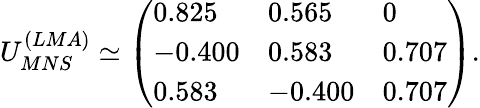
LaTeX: U_{MNS}^{(LMA)}\simeq\left(\begin{array}{lll}{{0.825}}&{{0.565}}&{{0}}\\ {{-0.400}}&{{0.583}}&{{0.707}}\\ {{0.583}}&{{-0.400}}&{{0.707}}\end{array}\right).